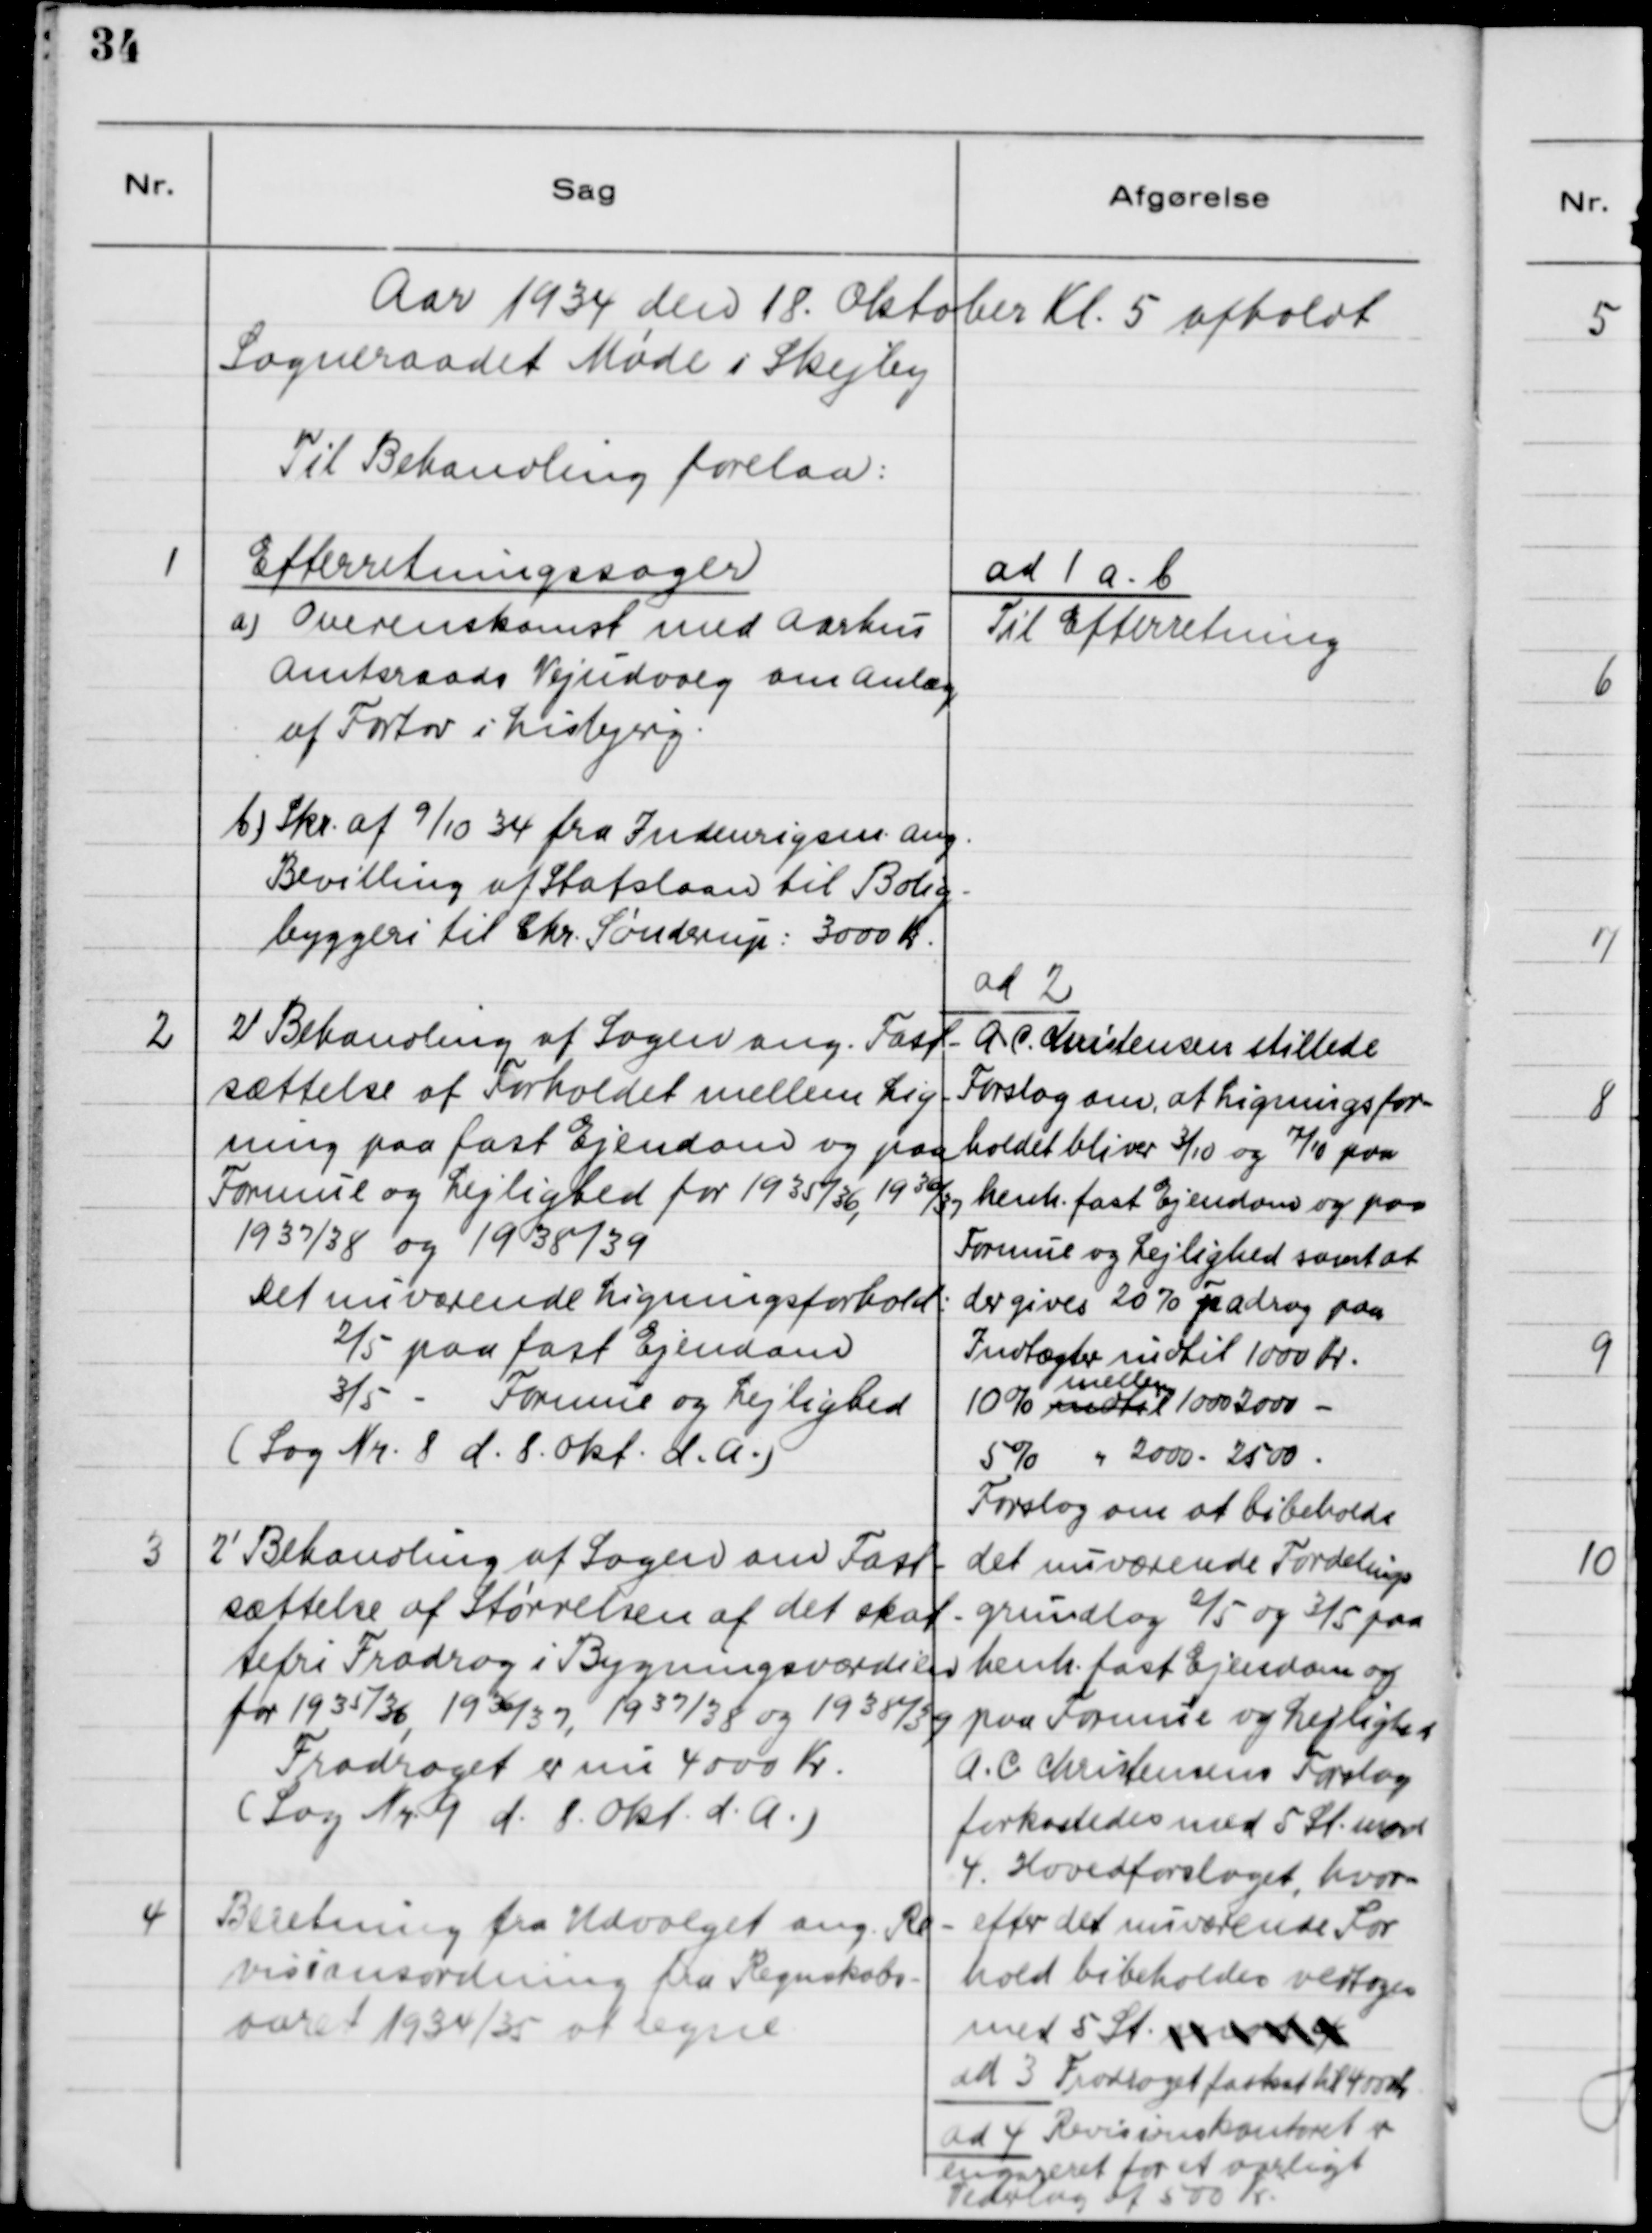
Transskription:
Aar 1934 den 18. Oktober Kl. 5 afholdt
Sogneraadet Møde i Skejby.
Til Behandling forelaa:

1

Efterretningssager
a) Overenskomst med Aarhus
Amtsraads Vejudvalg om Anlæg
af Fortov i Lisbjerg.
b) Skr. af 9/10 34 fra Indenrigsm. ang.
Bevilling af Statslaan til Bolig-
byggeri til Chr. Sønderup: 3000 Kr.

ad 1 a - b
Til Efterretning

2

2' Behandling af Sagen ang. Fast-
sættelse af Forholdet mellem Lig-
ning paa fast Ejendom og paa
Formue og Lejlighed for 1935/36, 1936/37,
1937/38 og 1938/39
Det nuværende Ligningsforhold:
2/5 paa fast Ejendom
3/5 - Formue og Lejlighed
(Sag Nr. 8 d. 8. Okt. d.A.)

ad 2
A. C. Christensen stillede
Forslag om, at Ligningsfor-
holdet bliver 3/10 og 7/10 paa
henh. fast Ejendom og paa
Formue og Lejlighed samt at
der gives 20% Fradrag paa
Indtægter indtil 1000 Kr.
mellem
10% indtil 1000 - 2000 - 
5% " 2000 - 2500 - 
Forslag om at bibeholde 
det nuværende Fordelings-
grundlag 2/5 og 3/5 paa 
henh. fast Ejendom og 
paa Formue og Lejlighed
A. C. Christensens Forslag
forkastedes med 5 St. mod 
4. Hovedforslaget, hvor-
efter det nuværende For-
hold bibeholdes vedtoges 
med 5 St. mod 4

3

2' Behandling af Sagen om Fast-
sættelse af Størrelsen af det Skat-
tefri Fradrag og i Bygningsværdien
for 1935/36, 1936/37, 1937/38 og 1938/39
Fradraget er nu 4000 Kr.
(Sag Nr. 9 d. 8. Okt. d.A.)

ad 3. Fradraget fastsat til 4000 Kr.

4

Beretning fra Udvalget ang. Re-
visionsordning fra Regnskabs-
aaret 1934/35 at regne.

ad 4. Revisionskontoret er
engageret for et aarligt
Vederlag af 500 Kr.